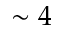
\sim 4